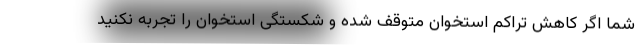
شما اگر کاهش تراکم استخوان متوقف شده و شکستگی استخوان را تجربه نکنید